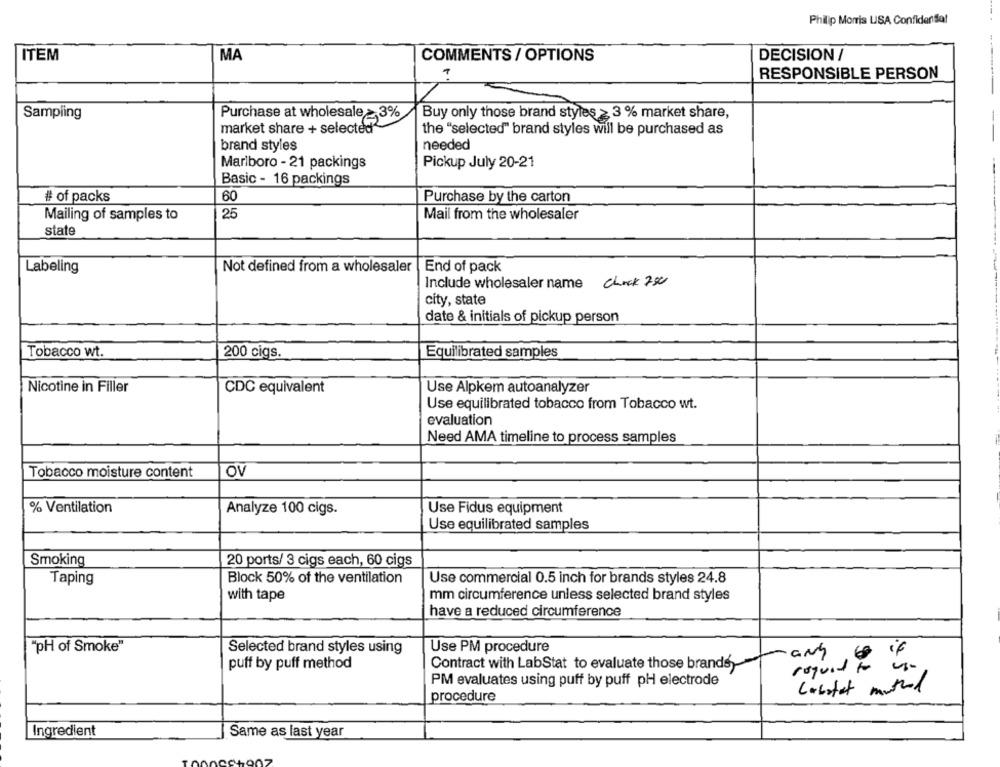
Philip Morris LISA ConfidenSla!
ITEM
MA
COMMENTS / OPTIONS
DECISION /
?
RESPONSIBLE PERSON
Sampling
Purchase at wholesale≥ 3%
Buy only those brand styles > 3 % market share,
market share + selected
the "selected" brand styles will be purchased as
-
brand styles
needed
Marlboro - 21 packings
Pickup July 20-21
Basic - 16 packings
# of packs
60
Purchase by the carton
25
Mail from the wholesaler
Mailing of samples to
state
Labeling
Not defined from a wholesaler
End of pack
Include wholesaler name chack 750
city, state
date & initials of pickup person
Tobacco wt.
200 cigs.
Equilibrated samples
Nicotine in Filler
CDC equivalent
Use Alpkem autoanalyzer
Use equilibrated tobacco from Tobacco wt.
evaluation
Need AMA timeline to process samples
Tobacco moisture content
OV
% Ventilation
Analyze 100 cigs.
Use Fidus equipment
Use equilibrated samples
Smoking
20 ports/ 3 cigs each, 60 cigs
Taping
Block 50% of the ventilation
Use commercial 0.5 inch for brands styles 24.8
with tape
mm circumference unless selected brand styles
have a reduced circumference
"pH of Smoke"
Selected brand styles using
Use PM procedure
and
puff by puff method
Contract with LabStat to evaluate those brands
reguid to use
PM evaluates using puff by puff pH electrode
Cabotet method
procedure
Ingredient
Same as last year